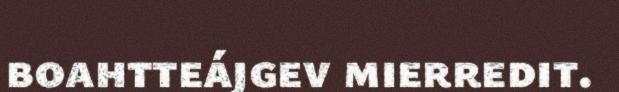
boahtteájgev mierredit.